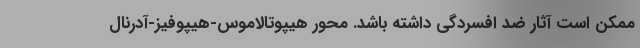
ممکن است آثار ضد افسردگی داشته باشد. محور هیپوتالاموس-هیپوفیز-آدرنال